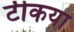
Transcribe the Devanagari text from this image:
टीकया